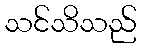
သင်သိသည်